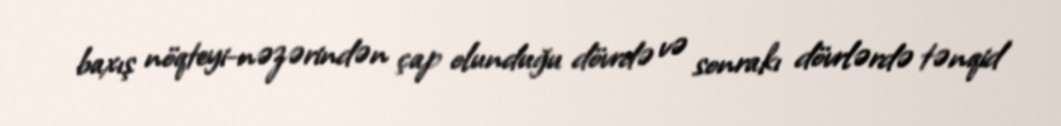
baxış nöqteyi-nəzərindən çap olunduğu dövrdə və sonrakı dövrlərdə tənqid